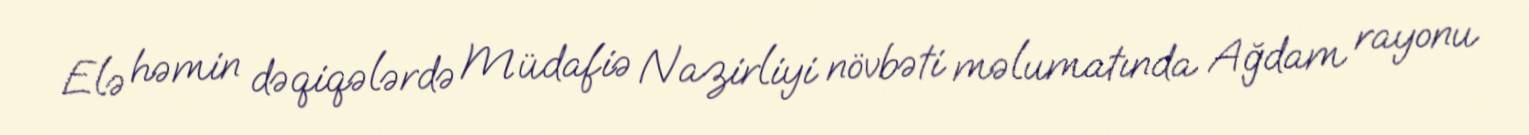
Elə həmin dəqiqələrdə Müdafiə Nazirliyi növbəti məlumatında Ağdam rayonu